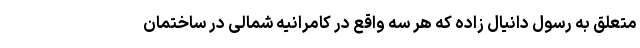
متعلق به رسول دانیال زاده که هر سه واقع در کامرانیه شمالی در ساختمان